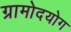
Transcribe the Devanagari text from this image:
ग्रामोदयोग